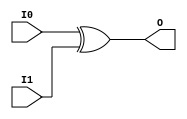
//    Xilinx Proprietary Primitive Cell X_XOR2 for Verilog
//
// $Header: /devl/xcs/repo/env/Databases/CAEInterfaces/verplex_libs/data/simprims/X_XOR2.v,v 1.3.198.3 2004/09/28 20:47:46 wloo Exp $
//

`celldefine
`timescale 1 ps/1 ps

module X_XOR2 (O, I0, I1);

  output O;
  input I0, I1;

  xor (O, I0, I1);

endmodule